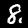
Digit: 8